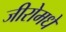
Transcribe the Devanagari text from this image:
जीरोमधे